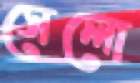
সেলো